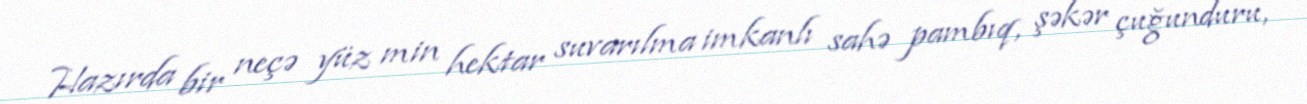
Hazırda bir neçə yüz min hektar suvarılma imkanlı sahə pambıq, şəkər çuğunduru,